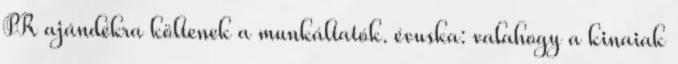
PR ajándékra költenek a munkáltatók. évuska: valahogy a kinaiak